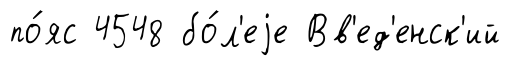
по́яс 4548 бо́л'еjе Вв'ед'енск'ий